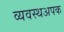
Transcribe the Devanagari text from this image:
व्यवस्थअपक